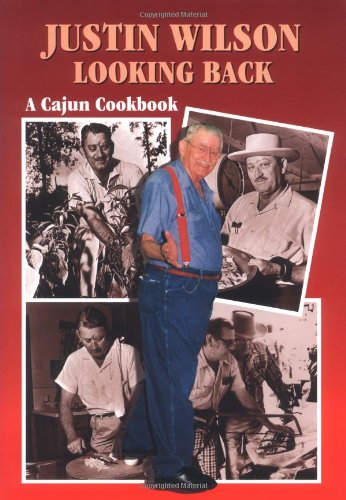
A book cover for Justin Wilson Looking Back: A Cajun Cookbook; Justin Wilson; Cookbooks, Food & Wine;